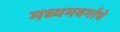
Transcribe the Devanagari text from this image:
मध्यमवर्गाचे